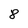
Character: 8